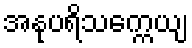
အနုပရိသက္ကေယျ